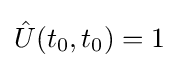
{\hat {U}}(t_{0},t_{0})=1